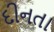
દીનતા